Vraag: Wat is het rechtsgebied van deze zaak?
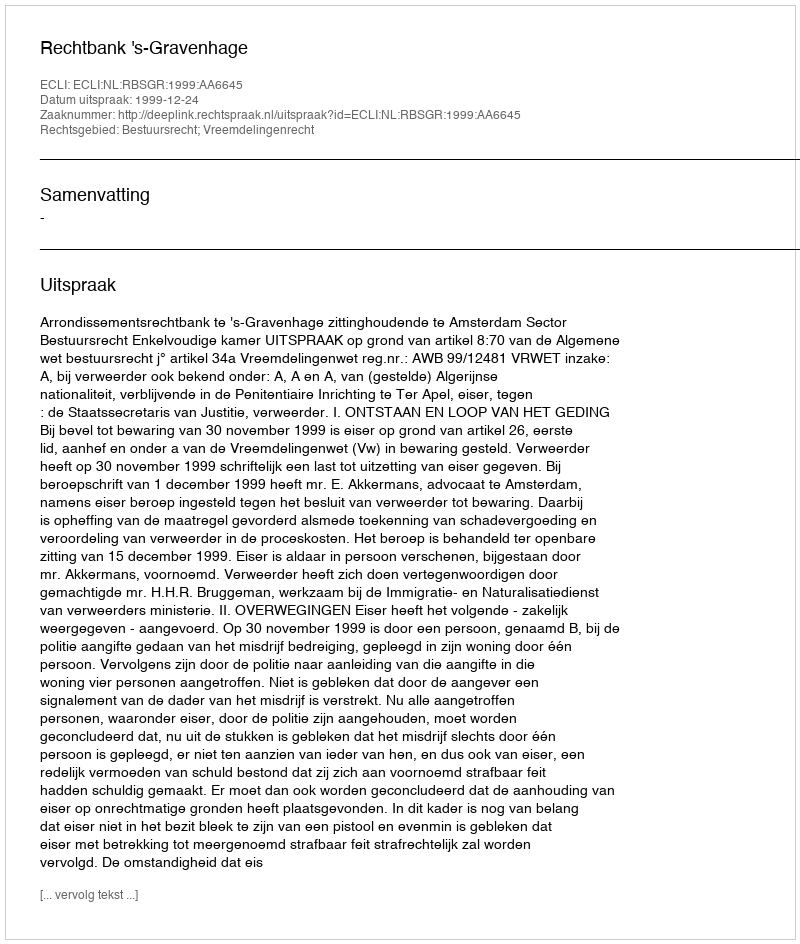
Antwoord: Bestuursrecht; Vreemdelingenrecht